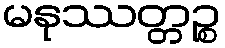
မနုဿတ္တဉ္စ